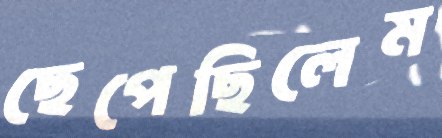
ছেপেছিলেম